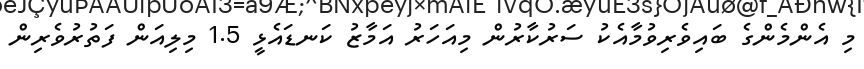
މި އެންމެންގެ ބައިވެރިވުމާއެކު ސަރުކާރުން މިއަހަރު އަމާޒު ކަނޑައެޅީ 1.5 މިލިއަން ފަތުރުވެރިން